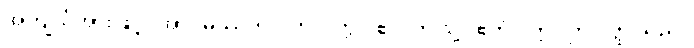
အကျယ်အားဖြင့်။ အာဂမိဿတိ၊ လာလတ္တံ့။ ဧဝံ၊ ဤသို့။ ဧတံ ဝတ္ထု၊ ဤဝတ္ထုသည်။